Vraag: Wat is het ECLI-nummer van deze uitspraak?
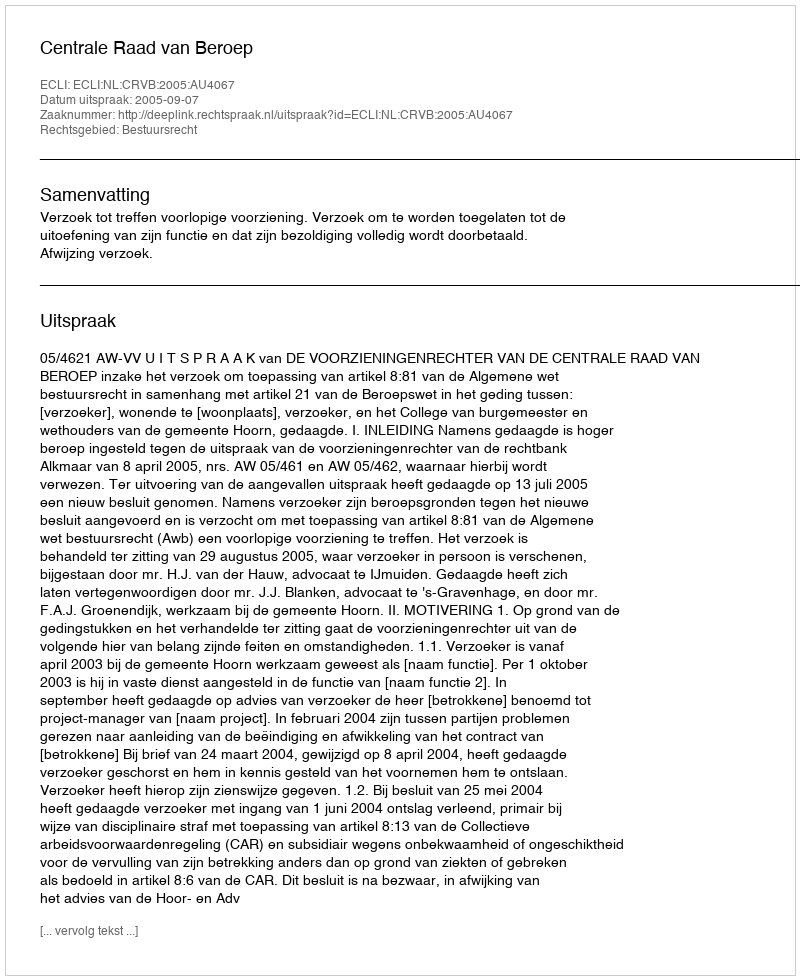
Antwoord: ECLI:NL:CRVB:2005:AU4067